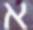
א